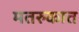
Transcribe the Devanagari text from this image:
मतरुकात